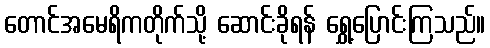
တောင်အမေရိကတိုက်သို့ ဆောင်းခိုရန် ရွှေ့ပြောင်းကြသည်။